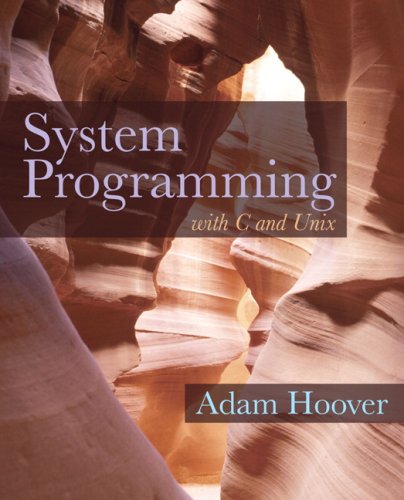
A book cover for System Programming with C and Unix; Adam Hoover; Computers & Technology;